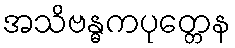
အသိဗန္ဓကပုတ္တေန